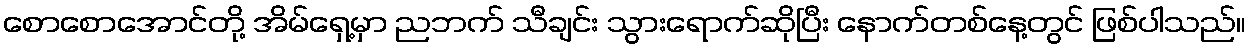
စောစောအောင်တို့ အိမ်ရှေ့မှာ ညဘက် သီချင်း သွားရောက်ဆိုပြီး နောက်တစ်နေ့တွင် ဖြစ်ပါသည်။